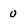
Character: o